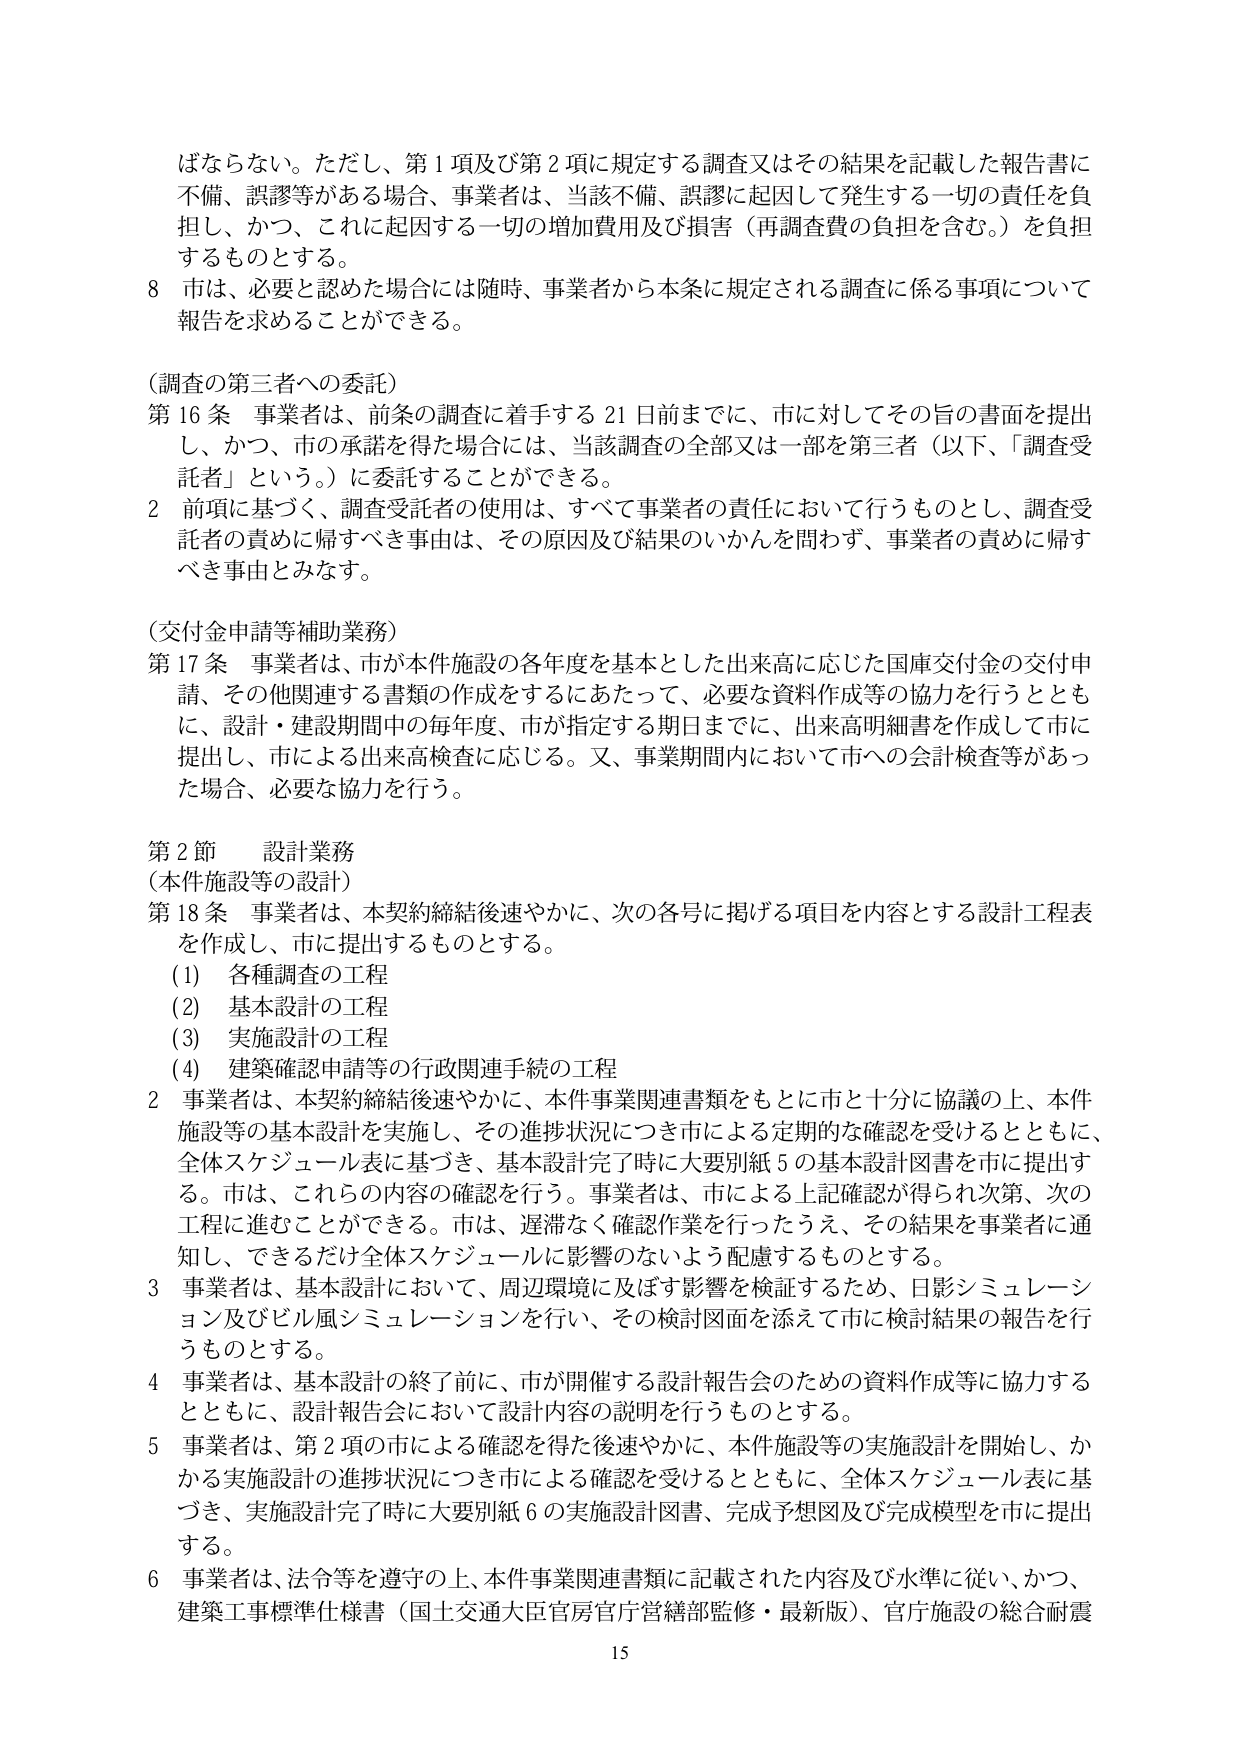
ばならない。ただし、第1項及び第2項に規定する調査又はその結果を記載した報告書に不備、誤謬等がある場合、事業者は、当該不備、誤謬に起因して発生する一切の責任を負担し、かつ、これに起因する一切の増加費用及び損害（再調査費の負担を含む。）を負担するものとする。

8 市は、必要と認めた場合には随時、事業者から本条に規定される調査に係る事項について報告を求めることができる。

（調査の第三者への委託）

第16条 事業者は、前条の調査に着手する21日前までに、市に対してその旨の書面を提出し、かつ、市の承諾を得た場合には、当該調査の全部又は一部を第三者（以下、「調査受託者」という。）に委託することができる。

2 前項に基づく、調査受託者の使用は、すべて事業者の責任において行うものとし、調査受託者の責めに帰すべき事由は、その原因及び結果のいかんを問わず、事業者の責めに帰すべき事由とみなす。

（交付金申請等補助業務）

第17条 事業者は、市が本件施設の各年度を基本とした出来高に応じた国庫交付金の交付申請、その他関連する書類の作成をするにあたって、必要な資料作成等の協力を行うとともに、設計・建設期間中の毎年度、市が指定する期日までに、出来高明細書を作成して市に提出し、市による出来高検査に応じる。又、事業期間内において市への会計検査等があった場合、必要な協力を行う。

第2節 設計業務

（本件施設等の設計）

第18条 事業者は、本契約締結後速やかに、次の各号に掲げる項目を内容とする設計工程表を作成し、市に提出するものとする。

(1) 各種調査の工程

(2) 基本設計の工程

(3) 実施設計の工程

(4) 建築確認申請等の行政関連手続の工程

2 事業者は、本契約締結後速やかに、本件事業関連書類をもとに市と十分に協議の上、本件施設等の基本設計を実施し、その進捗状況につき市による定期的な確認を受けるとともに、全体スケジュール表に基づき、基本設計完了時に大要別紙5の基本設計図書を市に提出する。市は、これらの内容の確認を行う。事業者は、市による上記確認が得られ次第、次の工程に進むことができる。市は、遅滞なく確認作業を行ったうえ、その結果を事業者に通知し、できるだけ全体スケジュールに影響のないよう配慮するものとする。

3 事業者は、基本設計において、周辺環境に及ぼす影響を検証するため、日影シミュレーション及びビル風シミュレーションを行い、その検討図面を添えて市に検討結果の報告を行うものとする。

4 事業者は、基本設計の終了前に、市が開催する設計報告会のための資料作成等に協力するとともに、設計報告会において設計内容の説明を行うものとする。

5 事業者は、第2項の市による確認を得た後速やかに、本件施設等の実施設計を開始し、かかる実施設計の進捗状況につき市による確認を受けるとともに、全体スケジュール表に基づき、実施設計完了時に大要別紙6の実施設計図書、完成予想図及び完成模型を市に提出する。

6 事業者は、法令等を遵守の上、本件事業関連書類に記載された内容及び水準に従い、かつ、建築工事標準仕様書（国土交通大臣官房官庁営繕部監修・最新版）、官庁施設の総合耐震

15